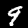
Digit: 9